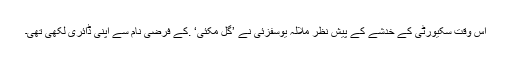
اس وقت سکیورٹی کے خدشے کے پیش نظر ملالہ یوسفزئی نے ’گل مکئی‘ .کے فرضی نام سے اپنی ڈائری لکھی تھی۔